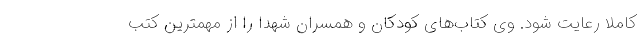
کاملا رعایت شود. وی کتاب‌های کودکان و همسران شهدا را از مهمترین کتب